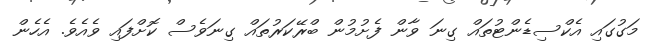
މަގުގައި އެކްސިޑެންޓުތައް ގިނަ ވާން ފެށުމުން ބްރޭކަރުތައް ގިނަވެސް ކޮށްފައި ވެއެވެ. އެހެން